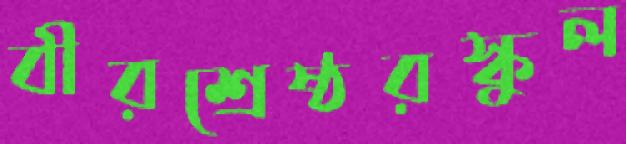
বীরশ্রেষ্ঠরস্কুল